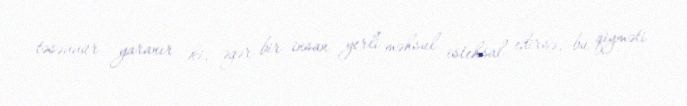
təsəvvür yaranır ki, əgər bir insan yerli məhsul istehsal edirsə, bu qiyməti